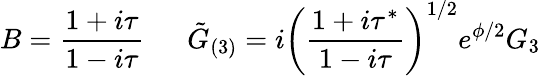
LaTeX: B=\frac{1+i\tau}{1-i\tau}\, \, \, \, \, \, \, \, \, \tilde{G}_{(3)}=i\left(\frac{1+i\tau^{*}}{1-i\tau}\right)^{1/2}e^{\phi/2}G_{3}